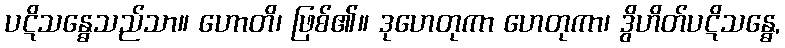
ပဋိသန္ဓေသည်သာ။ ဟောတိ၊ ဖြစ်၏။ ဒုဟေတုကာ ဟေတုကာ၊ ဒွိဟိတ်ပဋိသန္ဓေ,